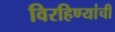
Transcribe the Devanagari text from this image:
विरहिण्यांची